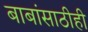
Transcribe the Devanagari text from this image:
बाबांसाठीही